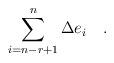
LaTeX: \begin{align*}\sum\limits_{i=n-r+1}^n\Delta e_i\quad .\end{align*}